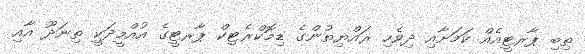
ތިބި ޕާރޓީއެއް ކަމަށާއި ދިވެހި ރައްޔިތުންގެ ޑިމޮކްރެޓިކް ޕާރޓީގެ އުއްމީދަކީ ތިނަދޫ އާއި